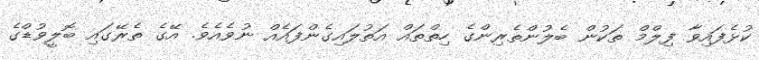
ކުޅެފައިވާ ފިލްމް ތަކުން ބެލުންތެރިންގެ ހިތްތައް އަތުލައިގެންފައެއް ނުވެއެވެ. އޭގެ ތެރޭގައި ބޮލީވުޑްގެ